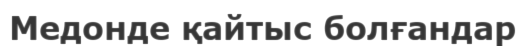
Медонде қайтыс болғандар